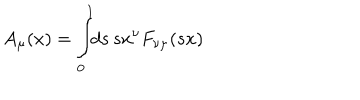
LaTeX: A _ { \mu } ( x ) = \int _ { 0 } ^ { 1 } \! \! d s \, s x ^ { \nu } F _ { \nu \mu } ( s x )